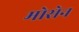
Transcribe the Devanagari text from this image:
मोसेन